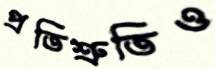
প্রতিশ্রুতিও